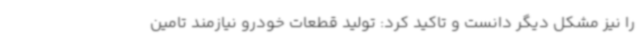
را نیز مشکل دیگر دانست و تاکید کرد: تولید قطعات خودرو نیازمند تامین